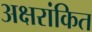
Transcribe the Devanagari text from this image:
अक्षरांकित